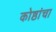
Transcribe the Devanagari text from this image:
कोष्ठांचा